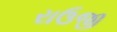
રાઉજી